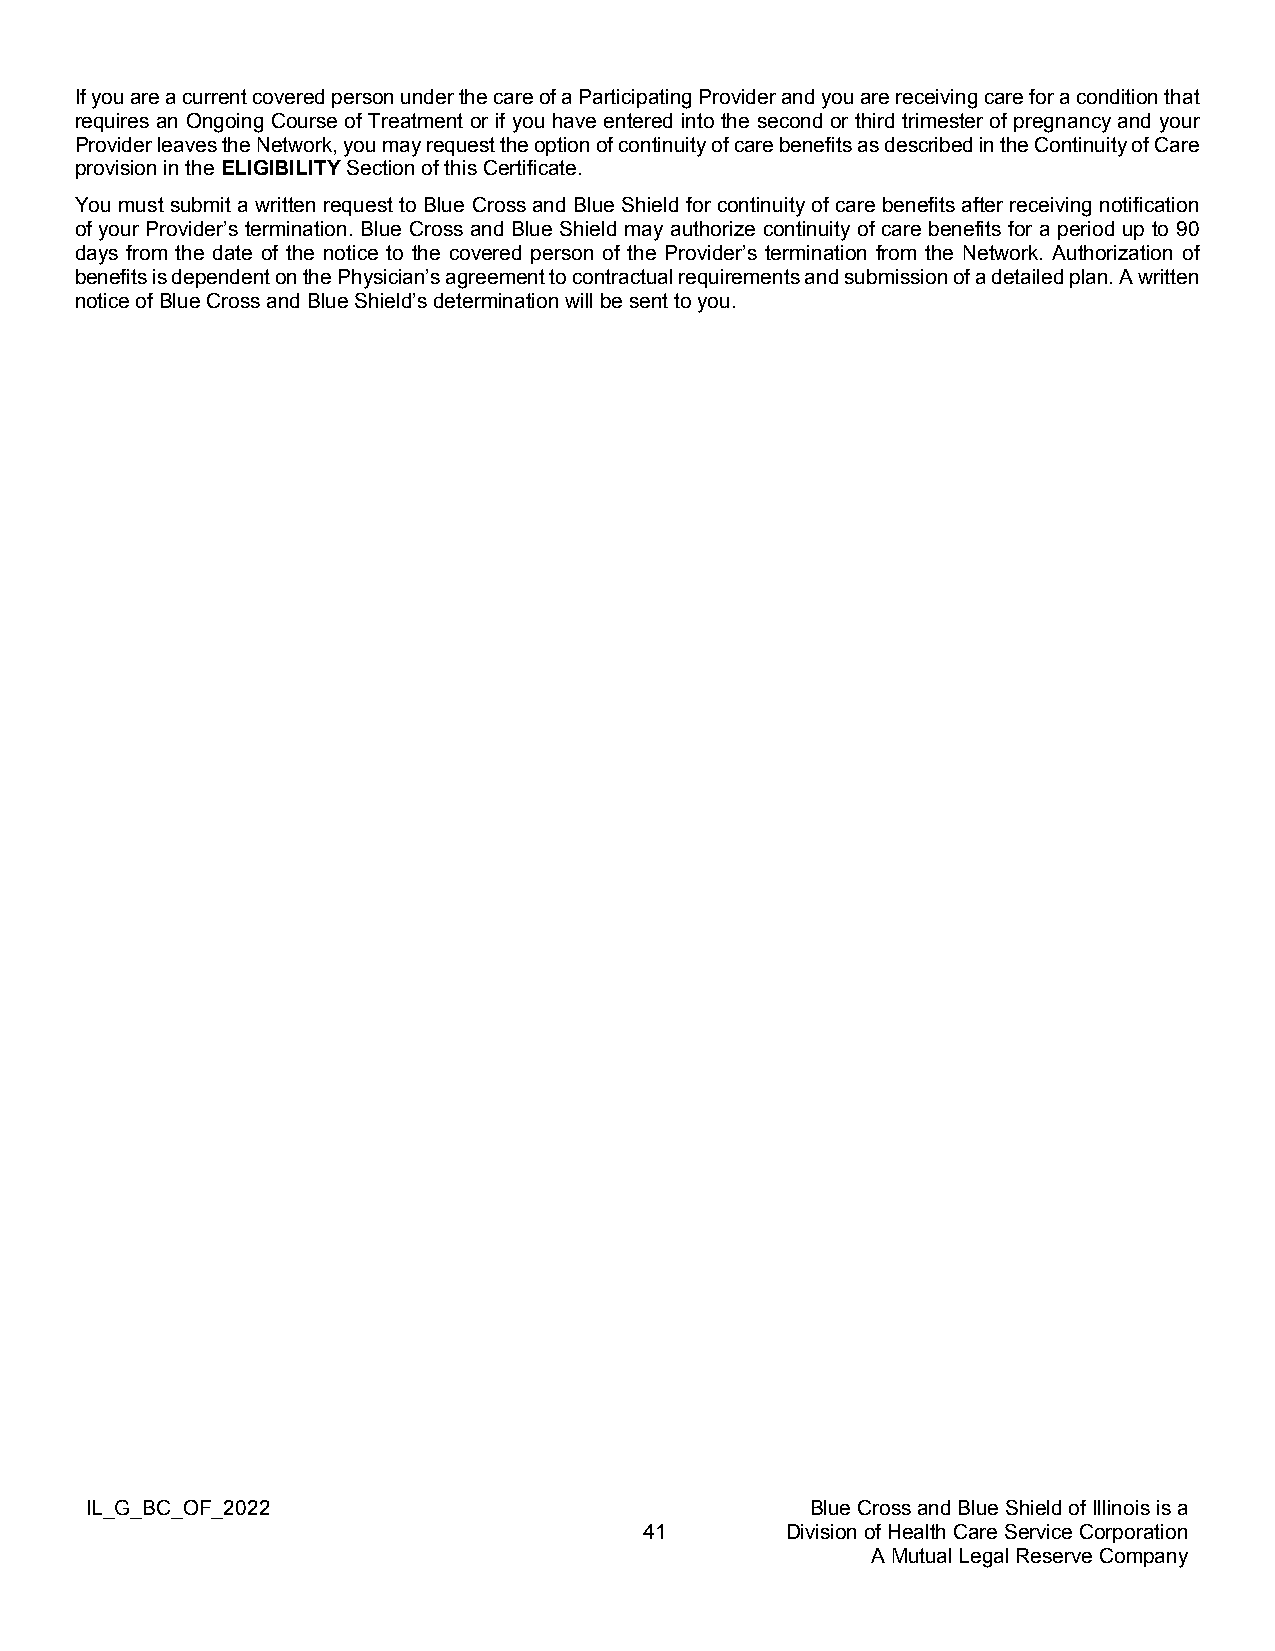
If you are a current covered person under the care of a Participating Provider and you are receiving care for a condition that
 requires an Ongoing Course of Treatment or if you have entered into the second or third trimester of pregnancy and your
 Provider leaves the Network, you may request the option of continuity of care benefits as described in the Continuity of Care
 provision in the ELIGIBILITY Section of this Certificate.
 You must submit a written request to Blue Cross and Blue Shield for continuity of care benefits after receiving notification
 of your Provider’s termination. Blue Cross and Blue Shield may authorize continuity of care benefits for a period up to 90
 days from the date of the notice to the covered person of the Provider’s termination from the Network. Authorization of
 benefits is dependent on the Physician’s agreement to contractual requirements and submission of a detailed plan. A written
 notice of Blue Cross and Blue Shield’s determination will be sent to you.
 IL_G_BC_OF_2022                                 Blue Cross and Blue Shield of Illinois is a
 41       Division of Health Care Service Corporation
 A Mutual Legal Reserve Company